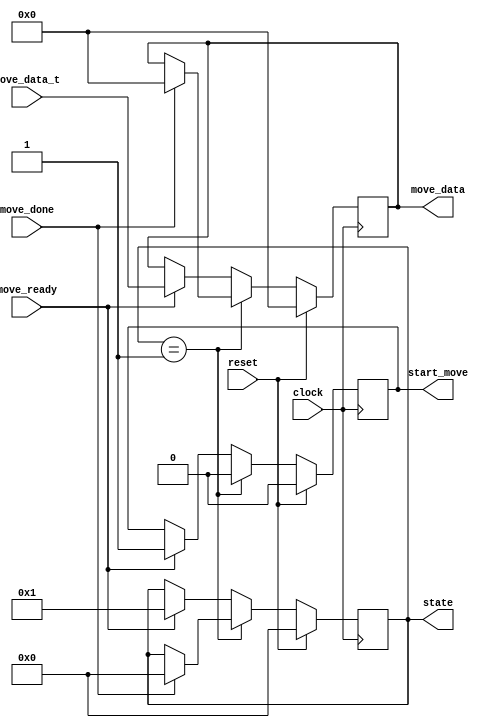
`timescale 1ns / 1ps
//////////////////////////////////////////////////////////////////////////////////
// Company:        MIT 6.111 Final Project
// 
// Module Name:    Rover Main FSM
// Project Name:   FPGA Phone Home
//
//////////////////////////////////////////////////////////////////////////////////
module rover_main_fsm(
    input clock,
    input reset,
    input move_done,
    input move_ready,
    input [11:0] move_data_t,
    output reg [11:0] move_data,
    output reg start_move,
    output reg [3:0] state // exposed for debug
   );	                    
     
   parameter ON = 1'b1;
   parameter OFF = 1'b0;
     
   // small fsm to control everything
   parameter WAITING = 4'h0;
   parameter MOVING  = 4'h1;
     
   always @(posedge clock) begin
        if (reset) begin
            move_data <= 12'h000;
            start_move <= OFF;
            state <= WAITING;
        end
        else begin
            case (state)
            
                // when moving wait for move to be done
                MOVING: begin
                    start_move <= OFF;
                    if (move_done) begin
                        state <= WAITING;
                        move_data <= 12'h000;
                    end
                end
                
                // default to wating for a valid command and then
                // use it to activate the move
                default: begin
                    if (move_ready) begin
                        state <= MOVING;
                        start_move <= ON;
                        move_data <= move_data_t;
                    end
                end
                
            endcase
        end
     end
endmodule